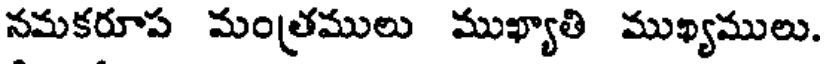
నమకరూప మంత్రములు ముఖ్యాతి ముఖ్యములు.